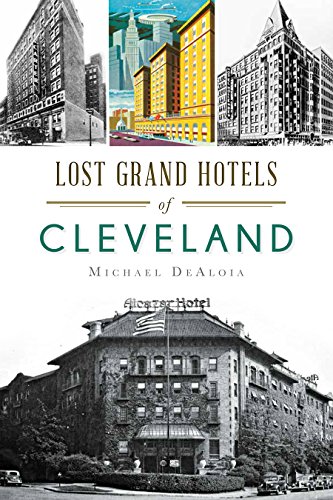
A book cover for Lost Grand Hotels of Cleveland (Landmarks); Michael C. DeAloia; Travel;